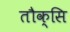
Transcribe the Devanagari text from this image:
तौक्सि